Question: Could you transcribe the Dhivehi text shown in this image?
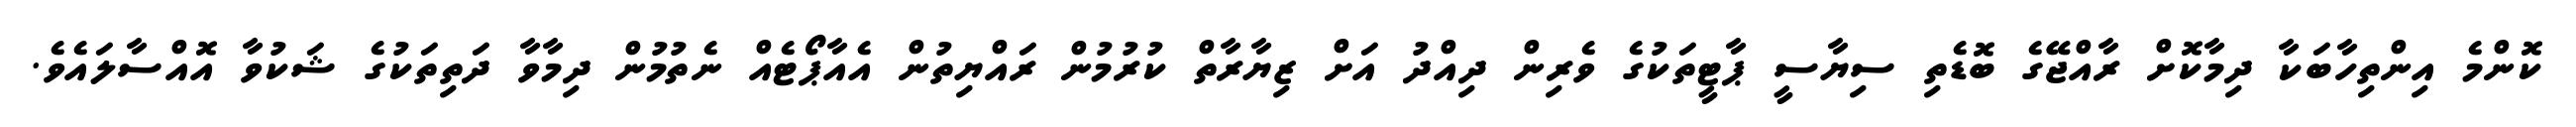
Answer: ކޮންމެ އިންތިހާބަކާ ދިމާކޮށް ރާއްޖޭގެ ބޮޑެތި ސިޔާސީ ޕާޓީތަކުގެ ވެރިން ދިއްދު އަށް ޒިޔާރާތް ކުރުމުން ރައްޔިތުން އެއާޕޯޓެއް ނެތުމުން ދިމާވާ ދަތިތަކުގެ ޝަކުވާ އޮއްސާލައެވެ.